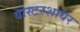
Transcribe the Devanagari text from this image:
वोस्टरशायर